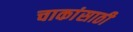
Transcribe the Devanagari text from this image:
चाकांसाठी